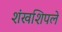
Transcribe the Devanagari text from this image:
शंखशिपले